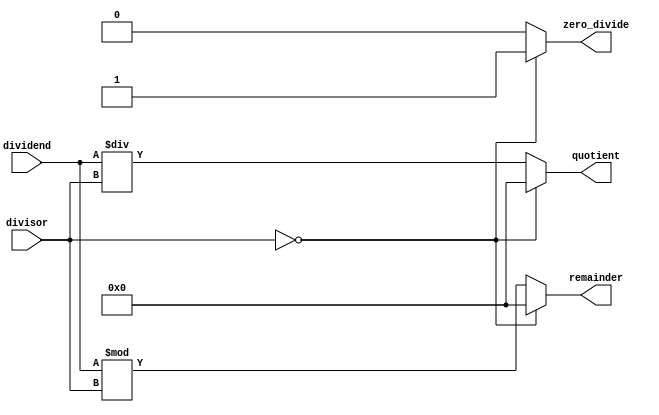
module Asynchronous_Divider (
    input [31:0] dividend,
    input [31:0] divisor,
    output reg [31:0] quotient,
    output reg [31:0] remainder,
    output reg zero_divide
);

always @*
begin
    if (divisor == 0)
    begin
        quotient <= 32'h0;
        remainder <= 32'h0;
        zero_divide <= 1;
    end
    else
    begin
        quotient <= dividend / divisor;
        remainder <= dividend % divisor;
        zero_divide <= 0;
    end
end

endmodule